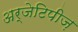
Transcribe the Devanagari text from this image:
अर्जेटिपीज़